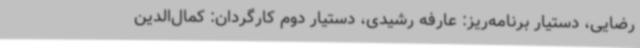
رضایی، دستیار برنامه‌ریز: عارفه رشیدی، دستیار دوم کارگردان: کمال‌الدین